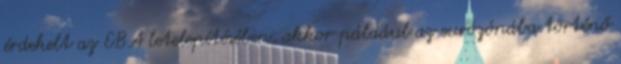
érdekelt az EBA letelepítésében, akkor páldául az eurózónába történő